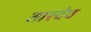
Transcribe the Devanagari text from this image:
तारदेव